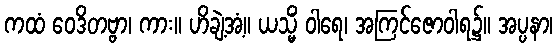
ကထံ ဝေဒိတဗ္ဗာ၊ ကား။ ဟိချဲ့အံ့။ ယသ္မိံ ဝါရေ၊ အကြင်ဇောဝါရ၌။ အပ္ပနာ၊